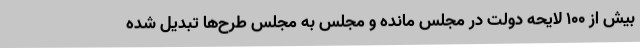
بیش از ۱۰۰ لایحه دولت در مجلس مانده و مجلس به مجلس طرح‌ها تبدیل شده